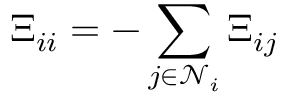
\boldsymbol \Xi _ { i i } = - \sum _ { j \in \mathcal { N } _ { i } } \boldsymbol \Xi _ { i j }